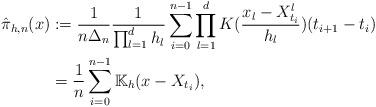
LaTeX: \begin{align*} \hat{\pi}_{h, n} (x) & := \frac{1}{n \Delta_n} \frac{1}{\prod_{l = 1}^d h_l} \sum_{i = 0}^{n-1} \prod_{l = 1}^d K(\frac{x_l - X_{t_i}^l}{h_l}) (t_{i + 1} - t_i) \\&= \frac{1}{n} \sum_{i = 0}^{n-1} \mathbb{K}_h(x - X_{t_i}), \end{align*}